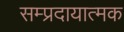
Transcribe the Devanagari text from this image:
सम्प्रदायात्मक